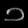
Digit: ၁